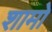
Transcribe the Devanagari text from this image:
शामो